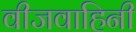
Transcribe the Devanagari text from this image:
वीजवाहिनी